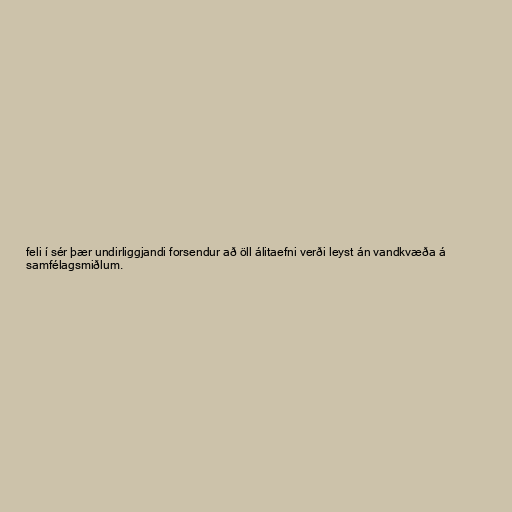
feli í sér þær undirliggjandi forsendur að öll álitaefni verði leyst án vandkvæða á
samfélagsmiðlum.